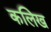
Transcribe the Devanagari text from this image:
कलिख